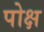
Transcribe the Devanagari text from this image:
पोक्ष